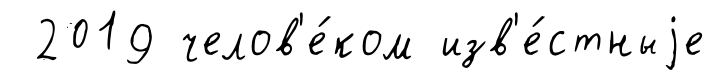
2019 челов'е́ком изв'е́стныjе